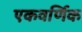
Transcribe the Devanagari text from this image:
एकवर्णिक